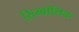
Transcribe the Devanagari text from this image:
सिम्बॉलिक